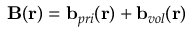
\begin{array} { r } { \mathbf { B } ( \mathbf { r } ) = \mathbf { b } _ { p r i } ( \mathbf { r } ) + \mathbf { b } _ { v o l } ( \mathbf { r } ) } \end{array}